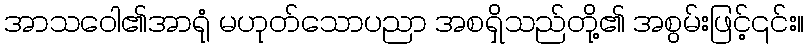
အာသဝေါ၏အာရုံ မဟုတ်သောပညာ အစရှိသည်တို့၏ အစွမ်းဖြင့်၎င်း။